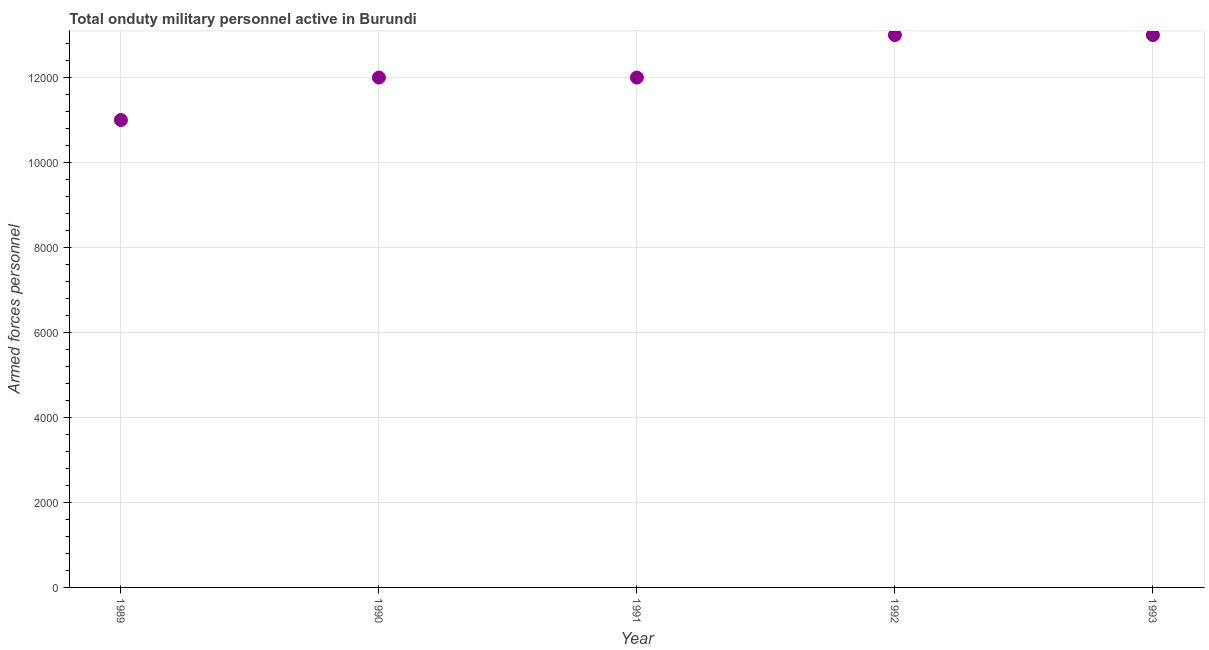
| Year | Armed forces personnel |
 | --- | --- |
 | 1989 | 1.1e+04 |
 | 1990 | 1.2e+04 |
 | 1991 | 1.2e+04 |
 | 1992 | 1.3e+04 |
 | 1993 | 1.3e+04 |